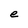
Character: e